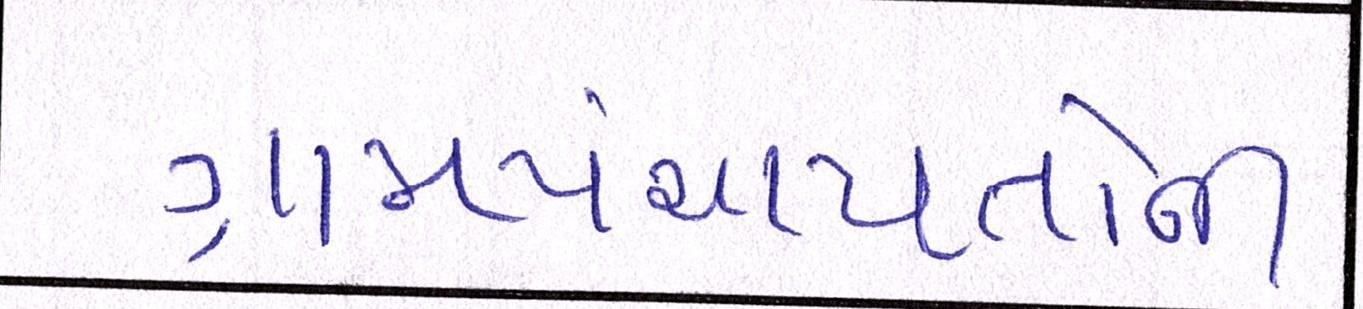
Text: ગ્રામપંચાયતોની